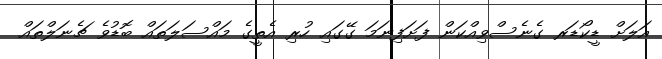
އަލަށް ޑީކޯޑަރ ގެނެސްވިއްކަން ފަށަފިނަމަ ގޭގައި ހުރި އެތީގެ މައްސަލަތައް ބޮޑުވެ ޗެނަލްތައް